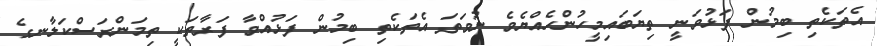
އެތަކެތި ބިމުން ފަޅުވަނީ ތިޔަބައިމީހުންހެއްޔެވެ ނުވަތަ އެތަކެތި ބިމުން ފަޅުއްވާ ފަރާތަކީ ތިމަންރަސްކަލާނގެ